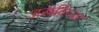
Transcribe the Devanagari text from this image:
जसविन्दर